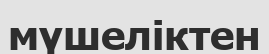
мүшеліктен